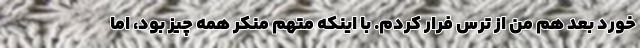
خورد بعد هم من از ترس فرار کردم. با اینکه متهم منکر همه چیز بود، اما